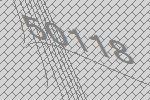
50118